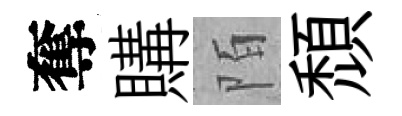
奪購陌頹